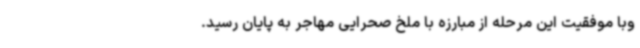
وبا موفقیت این مرحله از مبارزه با ملخ صحرایی مهاجر به پایان رسید.